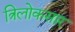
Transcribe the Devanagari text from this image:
त्रिलोकसार